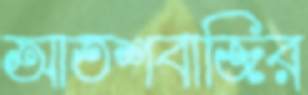
আতশবাজির